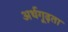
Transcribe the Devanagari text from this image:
अर्थगूढ़ता